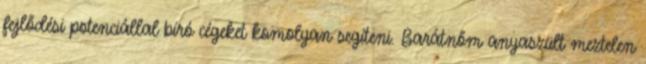
fejlődési potenciállal bíró cégeket komolyan segíteni. Barátnőm anyaszült meztelen